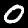
Digit: 0